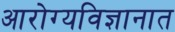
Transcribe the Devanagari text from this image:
आरोग्यविज्ञानात